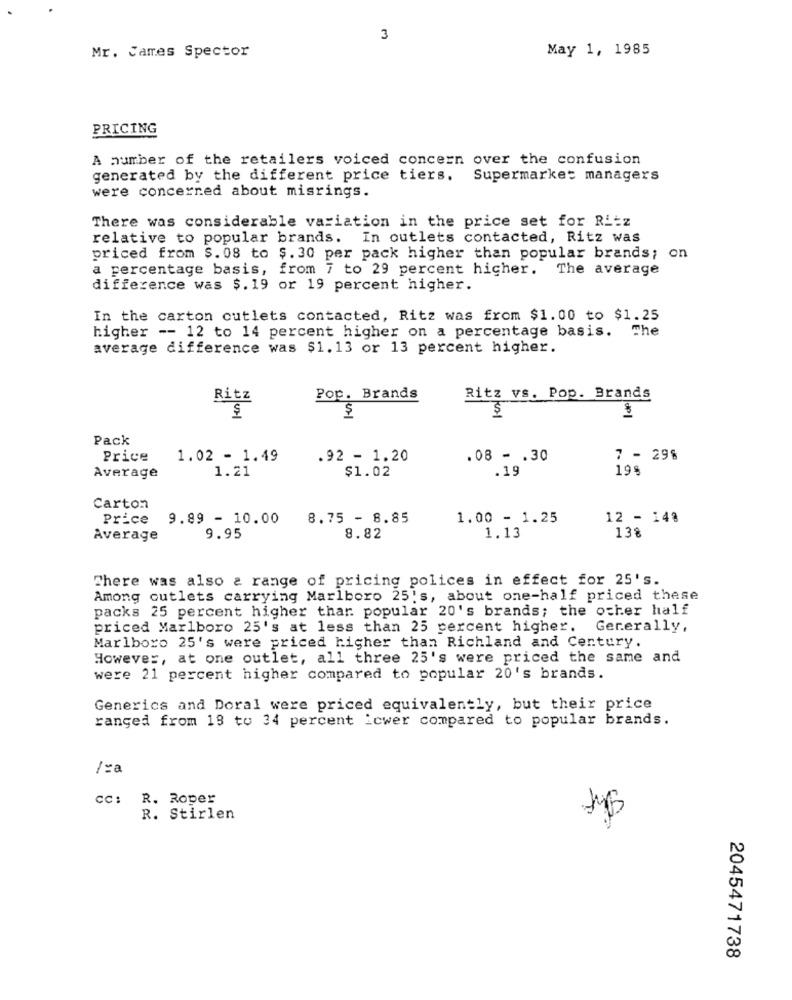
3
Mr. James Spector
May 1, 1985
PRICING
A number of the retailers voiced concern over the confusion
generated by the different price tiers. Supermarket managers
were concerned about misrings.
There was considerable variation in the price set for Ritz
relative to popular brands. In outlets contacted, Ritz was
priced from $. 08 to $. 30 per pack higher than popular brands; on
a percentage basis, from 7 to 29 percent higher. The average
difference was $. 19 or 19 percent higher.
In the carton cutlets contacted, Ritz was from $1.00 to $1.25
higher -- 12 to 14 percent higher on a percentage basis. The
average difference was $1.13 or 13 percent higher.
Ritz
Pop. Brands
Ritz vs. Pop. Brands
$
$
$
Pack
Price
1.02 - 1.49
.92 - 1.20
.08 - . 30
7 - 29%
1.21
198
Average
$1.02
.19
Carton
Price
9.89 - 10.00
8.75 - 8.85
1.00 - 1.25
12 - 148
138
Average
9.95
8.82
1.13
There was also & range of pricing polices in effect for 25's.
Among outlets carrying Marlboro 25's, about one-half priced these
packs 25 percent higher thar popular 20's brands; the other half
priced Marlboro 25's at less than 25 percent higher. Generally,
Marlboro 25's were priced higher than Richland and Century.
However, at one outlet, all three 25's were priced the same and
were 21 percent higher compared to popular 20's brands.
Generics and Doral were priced equivalently, but their price
ranged from 19 to 34 percent icwer compared to popular brands.
/za
cc: R. Roper
R. Stirlen
2045471738